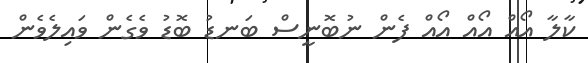
ކާލާ އޯއް އޯއް އޯއް ފެން ނުބޮނީސް ބަނޑު ބޮޑު ވެގެން ވައިލެވެން